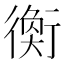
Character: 𧗽